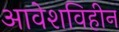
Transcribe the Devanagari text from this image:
आवेशविहीन